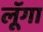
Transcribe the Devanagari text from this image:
लूॅगा